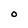
Character: O